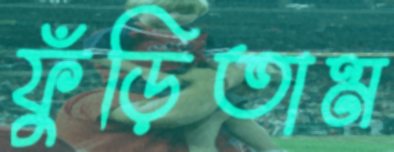
ফুঁড়িতাম